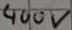
Text: 400V